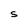
Character: S